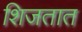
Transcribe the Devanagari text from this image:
शिजतात